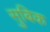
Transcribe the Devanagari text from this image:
सुबिक